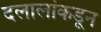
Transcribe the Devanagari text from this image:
दलालांकडून